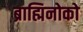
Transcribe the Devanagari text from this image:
ब्राह्मिनोको